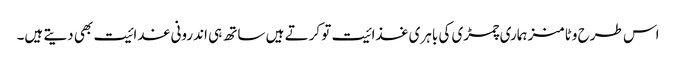
اس طرح وٹامنز ہماری چمڑی کی باہری غذائیت تو کرتے ہیں ساتھ ہی اندرونی غدائیت بھی دیتے ہیں۔